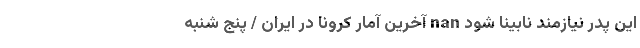
این پدر نیازمند نابینا شود nan آخرین آمار کرونا در ایران / پنج شنبه